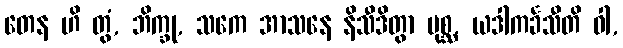
တေန ဟိ တွံ, ဘိက္ခု, သကေ အာသနေ နိသီဒိတွာ ပုစ္ဆ, ယဒါကင်္ခသီတိ ဝါ,